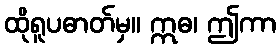
ထိုရူပဓာတ်မှ။ ဣဓ၊ ဤကာ